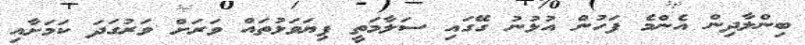
ބިންލާދިން އެންމެ ފަހުން އުޅުނު ގޭގައި ސަލާމަތީ ފިޔަަވަޅުތައް ވަަރަށް ވަރުގަދަ ކަމަށާއި